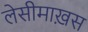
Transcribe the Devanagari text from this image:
लेसीमाख़स